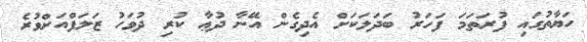
ހަޔާތުގައި ފުރަތަމަ ފަހަރު ބަދަލަކަށް އެދިގެން އޭނާ ދުޢާ ކުރި ދުވަހު ޒަލަފްއަށްވުރެ